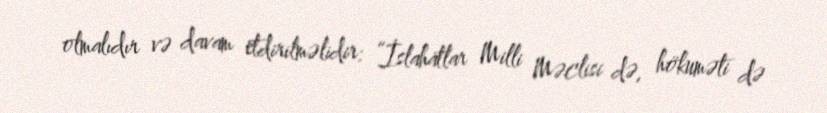
olmalıdır və davam etdirilməlidir: “İslahatlar Milli Məclisi də, hökuməti də